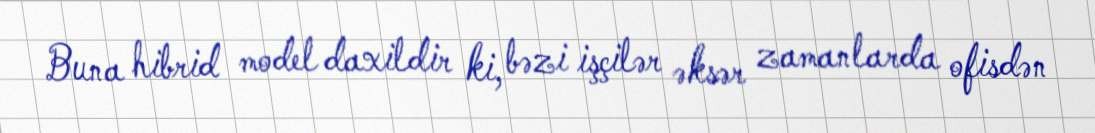
Buna hibrid model daxildir ki, bəzi işçilər əksər zamanlarda ofisdən